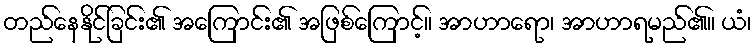
တည်နေနိုင်ခြင်း၏ အကြောင်း၏ အဖြစ်ကြောင့်။ အာဟာရော၊ အာဟာရမည်၏။ ယံ၊